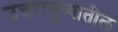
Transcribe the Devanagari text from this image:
उत्तरायुष्यातील